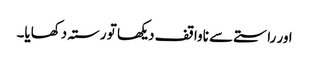
اور راستے سے ناواقف دیکھا تو رستہ دکھایا۔